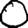
Digit: 0